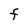
Character: F